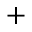
+